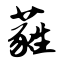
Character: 蕤